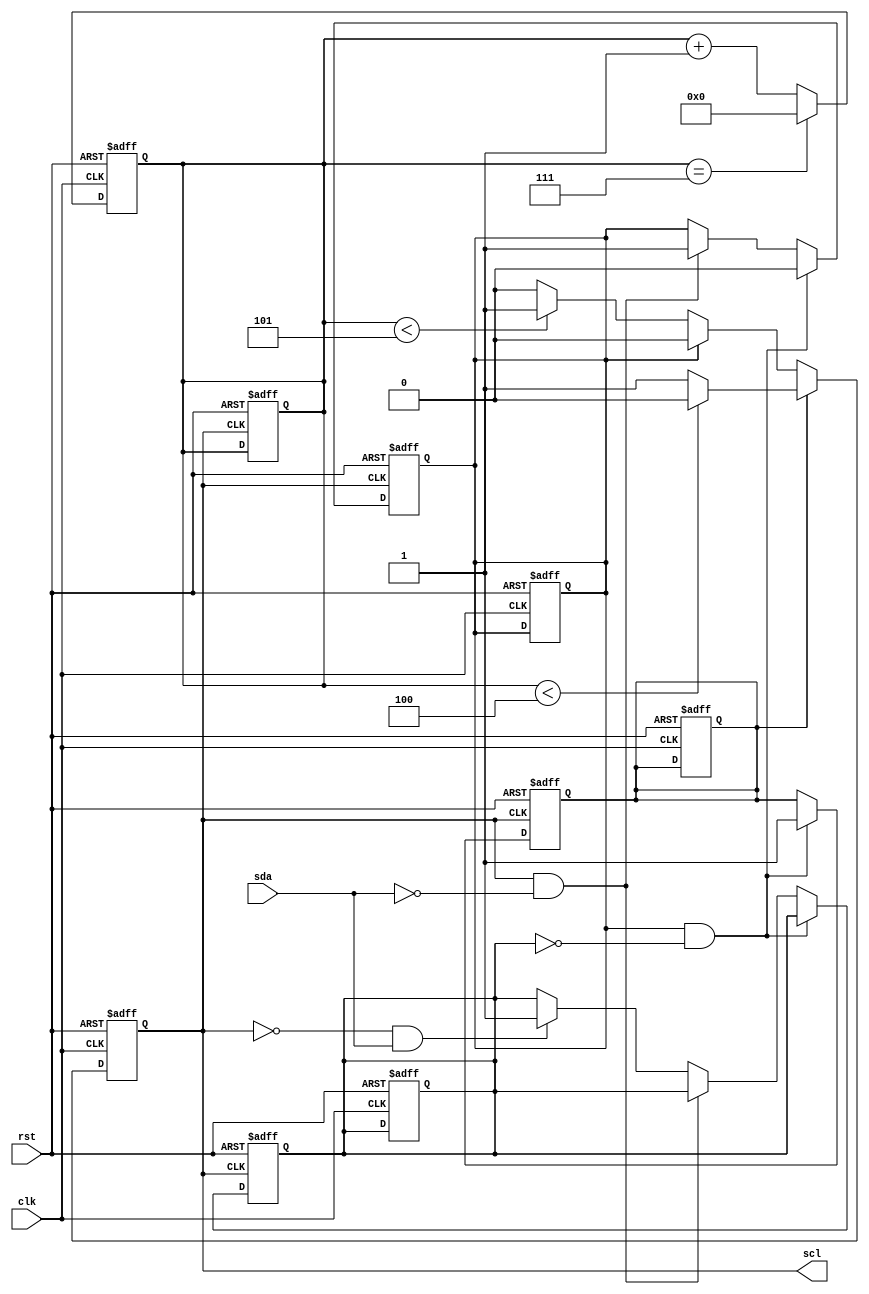
module I2C_Controller(
    input wire clk,
    input wire rst,
    output reg scl,
    input wire sda
);

reg [7:0] counter = 8'b00000000;
reg start_bit = 1'b0;
reg stop_bit = 1'b0;
reg data_bit = 1'b0;

// Timing control block
always @(posedge clk or posedge rst) begin
    if (rst) begin
        counter <= 8'b00000000;
        scl <= 1'b0;
        start_bit <= 1'b0;
        stop_bit <= 1'b0;
        data_bit <= 1'b0;
    end else begin
        if (data_bit) begin
            if (counter < 4) begin
                scl <= 1'b0;
            end else begin
                scl <= 1'b1;
            end
        end else begin
            if (start_bit) begin
                scl <= 1'b0;
            end else begin
                if (counter < 5) begin
                    scl <= 1'b1;
                end else begin
                    scl <= 1'b0;
                end
            end
        end
        
        if (counter == 7) begin
            counter <= 8'b00000000;
        end else begin
            counter <= counter + 1;
        end
    end
end

// Synchronization block
always @(posedge scl or posedge rst) begin
    if (rst) begin
        counter <= 8'b00000000;
        start_bit <= 1'b0;
        stop_bit <= 1'b0;
        data_bit <= 1'b0;
    end else begin
        if (start_bit && !stop_bit) begin
            start_bit <= 1'b0;
            data_bit <= 1'b1;
        end else begin
            if (scl && !sda) begin
                start_bit <= 1'b1;
            end else if (!scl && sda) begin
                stop_bit <= 1'b1;
            end
        end
    end
end

endmodule